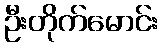
ဦးတိုက်မောင်း